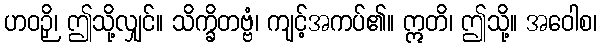
ဟဝဉှိ၊ ဤသို့လျှင်။ သိက္ခိတဗ္ဗံ၊ ကျင့်အကပ်၏။ ဣတိ၊ ဤသို့။ အဝေါစ၊